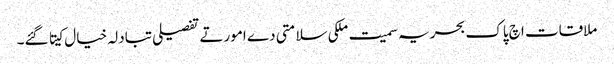
ملاقات اچ پاک بحریہ سمیت ملکی سلامتی دے امورتے تفصیلی تبادلہ خیال کیتا گئے۔